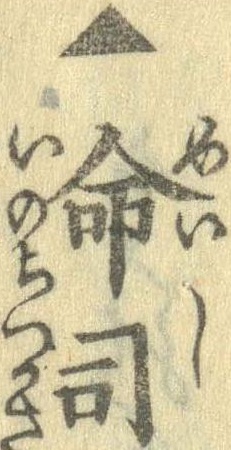
▲命司